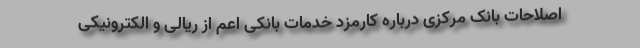
اصلاحات بانک مرکزی درباره کارمزد خدمات بانکی اعم از ریالی و الکترونیکی